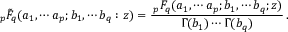
_ p \tilde { F } _ { q } ( a _ { 1 } , \cdots a _ { p } ; b _ { 1 } , \cdots b _ { q } : z ) = \frac { \, _ { p } F _ { q } ( a _ { 1 } , \cdots a _ { p } ; b _ { 1 } , \cdots b _ { q } ; z ) } { \Gamma ( b _ { 1 } ) \cdots \Gamma ( b _ { q } ) } \, .